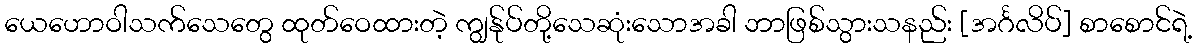
ယေဟောဝါသက်သေတွေ ထုတ်ဝေထားတဲ့ ကျွန်ုပ်တို့သေဆုံးသောအခါ ဘာဖြစ်သွားသနည်း [အင်္ဂလိပ်] စာစောင်ရဲ့